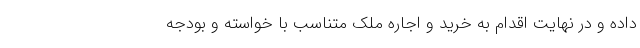
داده و در نهایت اقدام به خرید و اجاره ملک متناسب با خواسته و بودجه